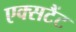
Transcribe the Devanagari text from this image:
एक्सटैंट